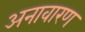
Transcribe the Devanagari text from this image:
अनावारण